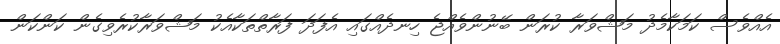
އެއްވެސް ކަމަކާމެދު މަޝްވަރާ ކުރަން ބޭނުންވެއްޖެ ހިނދެއްގައި އެފަދަ ފަރާތްތަކާއެކު މަޝްވަރާކުރެވިގެން ކަންކަން